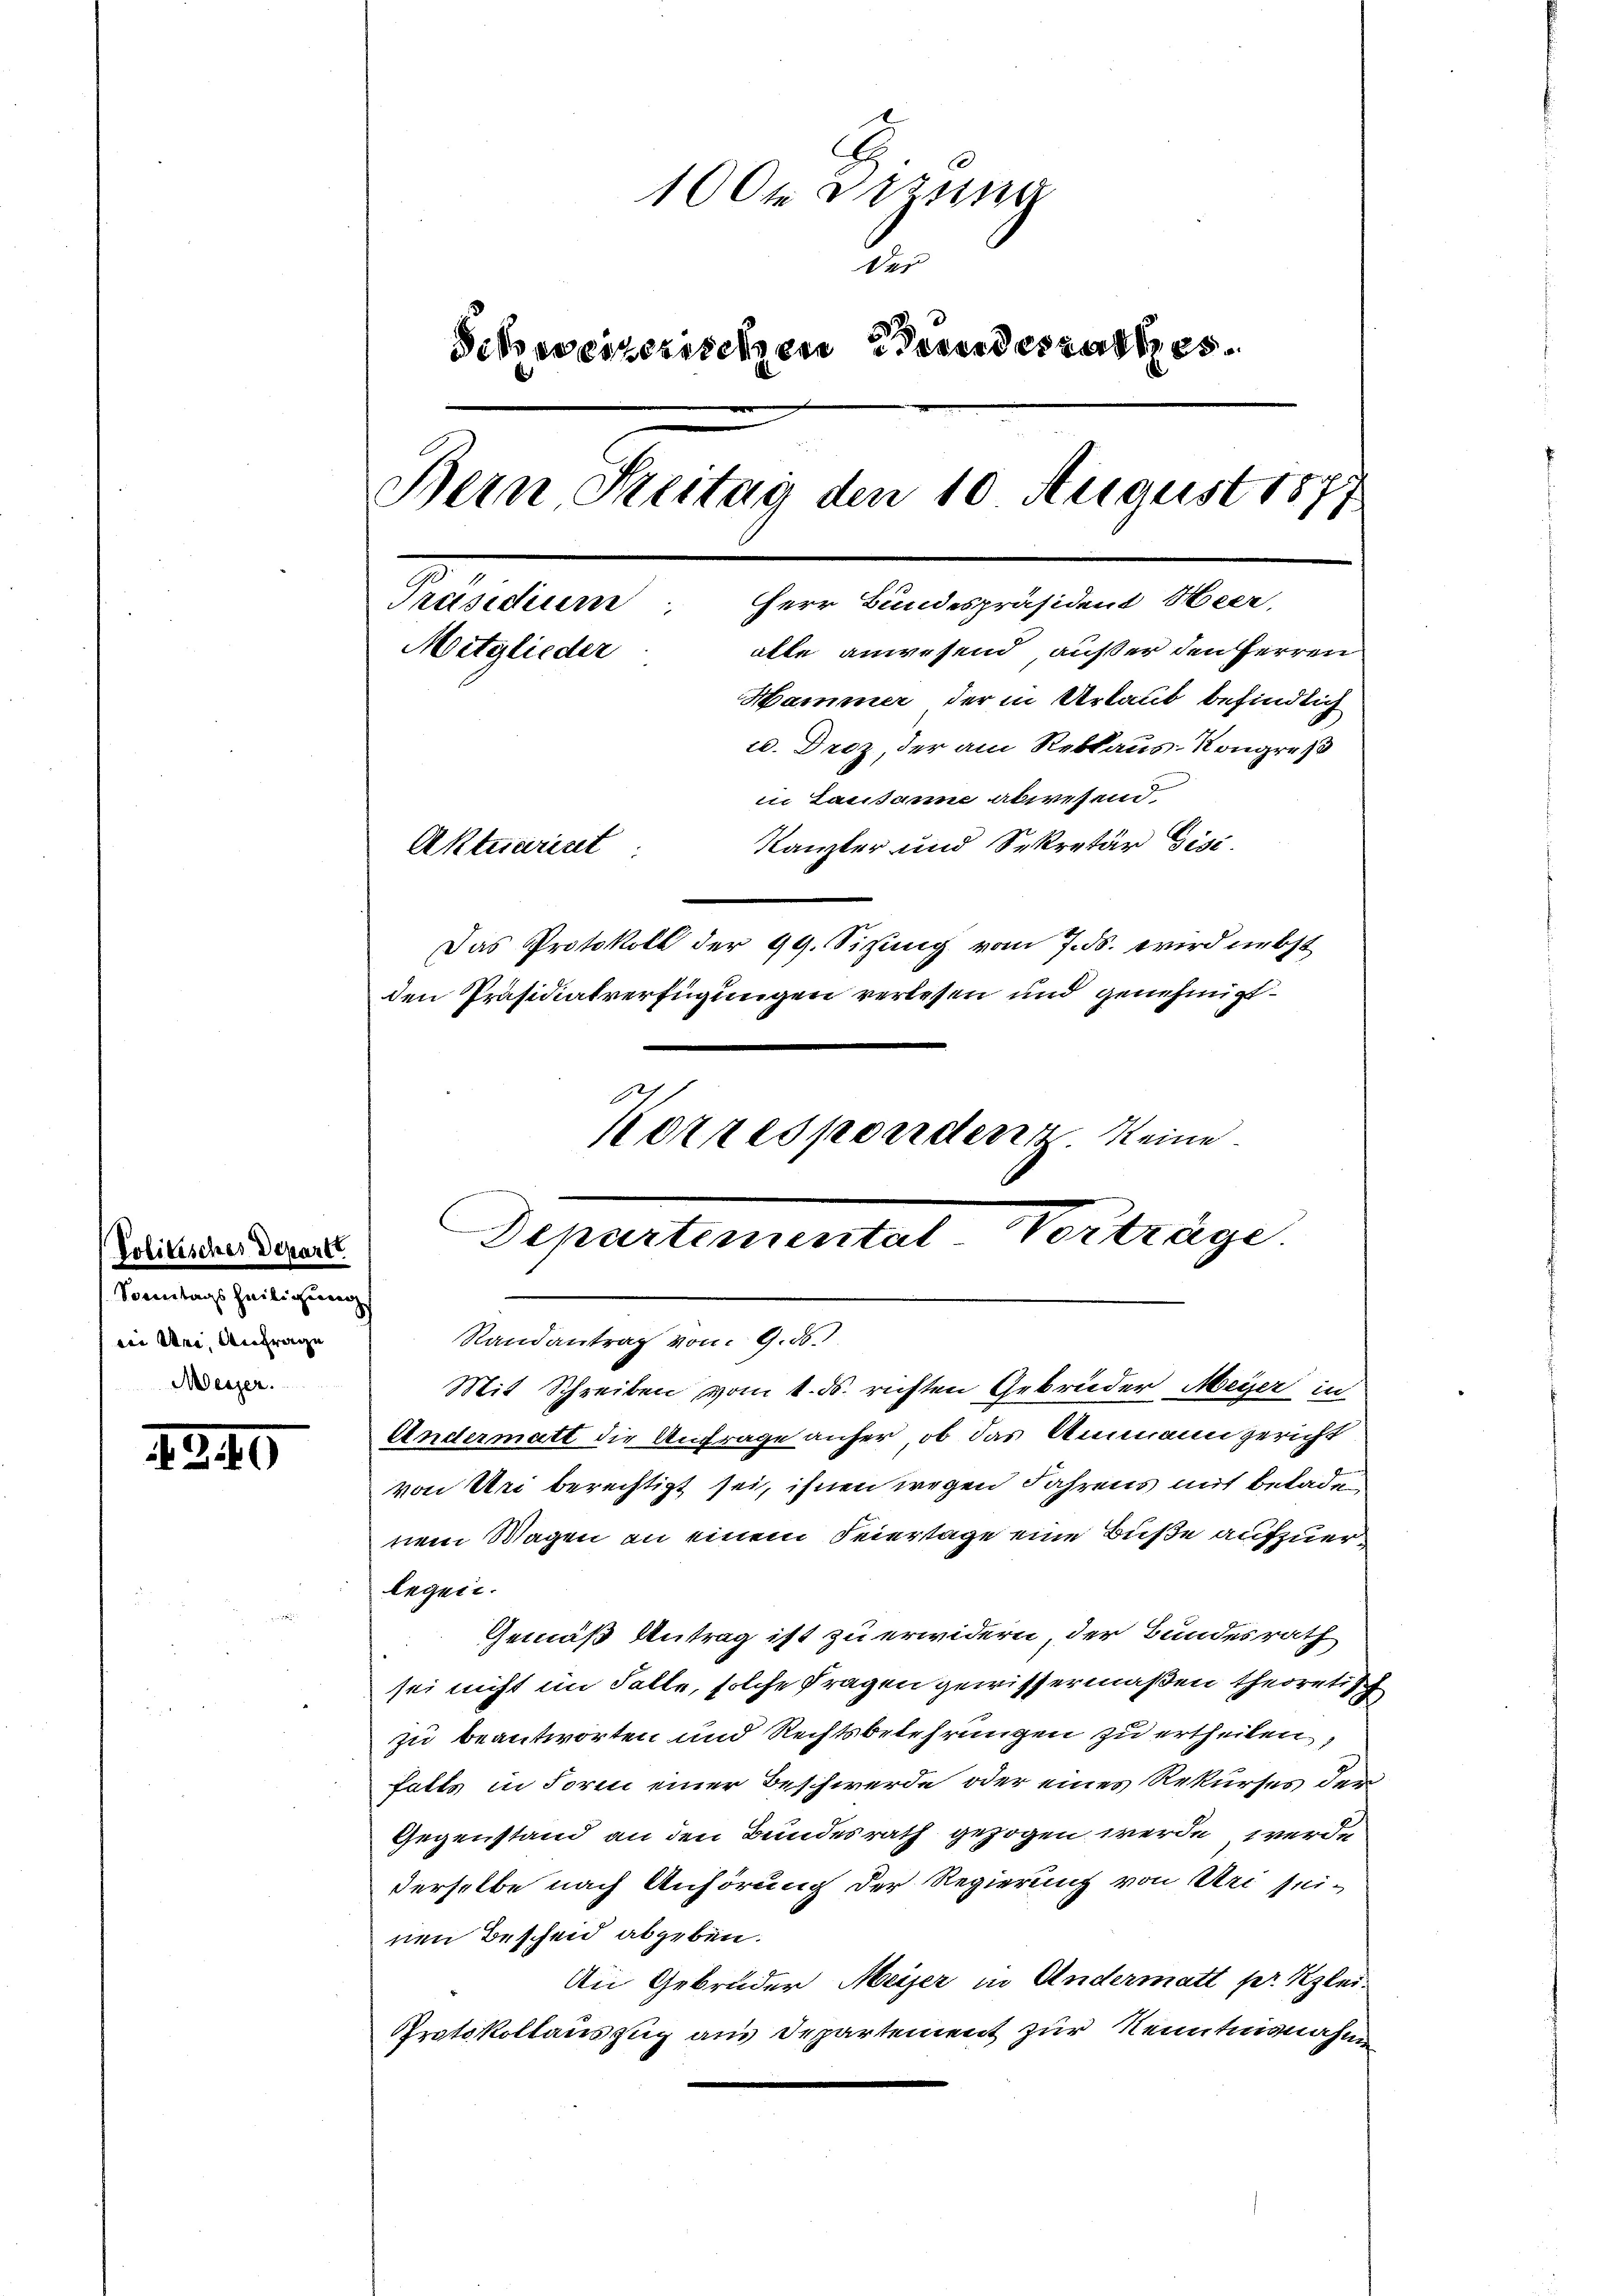
Politisches Depart
Sonntags heiligung
iii Uri, Anfrage
Mer
1

2340

100te Errung
Des
Schweizerischen Grundesrathes
Bein Kreitag den 10 August 1877
Präsidium. Herr Bundespräsident Heer,
Mitglieder
alle anwesend, außer den Herren
Hammer der in Urlaub befindlich
u. Droz, der am Reblaus- Kongreß
in Lausanne abwesend,
Kanzler und Sekretär Gise.
Aktuariret
Das Protokoll der 99. Sitzung vom 7. ds. wird nebst
den Präsidialverfügungen verlesen und genehmigt.
Korrespoerden keine

Departemental Vorträge.
F
Randantrag vom 9. 55.
Mit Schreiben vom 1. ds. richten Gebrüder Meyer in

Andermatt die Anfrage anfer, ob das Ammann gericht
von Uri berechtigt sei, ihnen wegen Jahrens mit beladen
nem Wagen an einem Feiertage eine Buße aufzuerlegen.
Gemäß Antrag ist zu erwidern der Bundesrath
sei nicht im Falle, solche Fragen gewissermaßen theoretisch
zu beantworten und Rechtsbelehrungen zu ertheilen,
falls in Form einer Beschwerde oder eines Rekurses der
Gegenstand an den Bundesrath gezogen werde werde
derselbe nach Anhörung der Regierung von Uri seinen Bescheid abgeben.
An Gebrüder Meiser in Andermatt pr Kzlei.
Protokollauszug aus Departement zur Kenntnisnahme